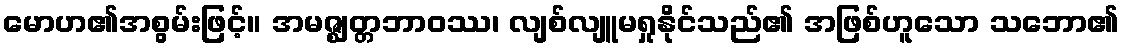
မောဟ၏အစွမ်းဖြင့်။ အမဇ္ဈတ္တဘာဝဿ၊ လျစ်လျူမရှုနိုင်သည်၏ အဖြစ်ဟူသော သဘော၏